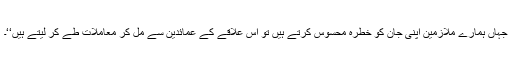
جہاں ہمارے ملازمین اپنی جان کو خطرہ محسوس کرتے ہیں تو اس علاقے کے عمائدین سے مل کر معاملات طے کر لیتے ہیں‘‘۔